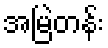
အမြဲတန်း